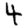
Digit: 4